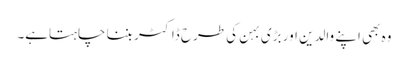
وہ بھی اپنے والدین اور بڑی بہن کی طرح ڈاکٹر بننا چاہتاہے۔